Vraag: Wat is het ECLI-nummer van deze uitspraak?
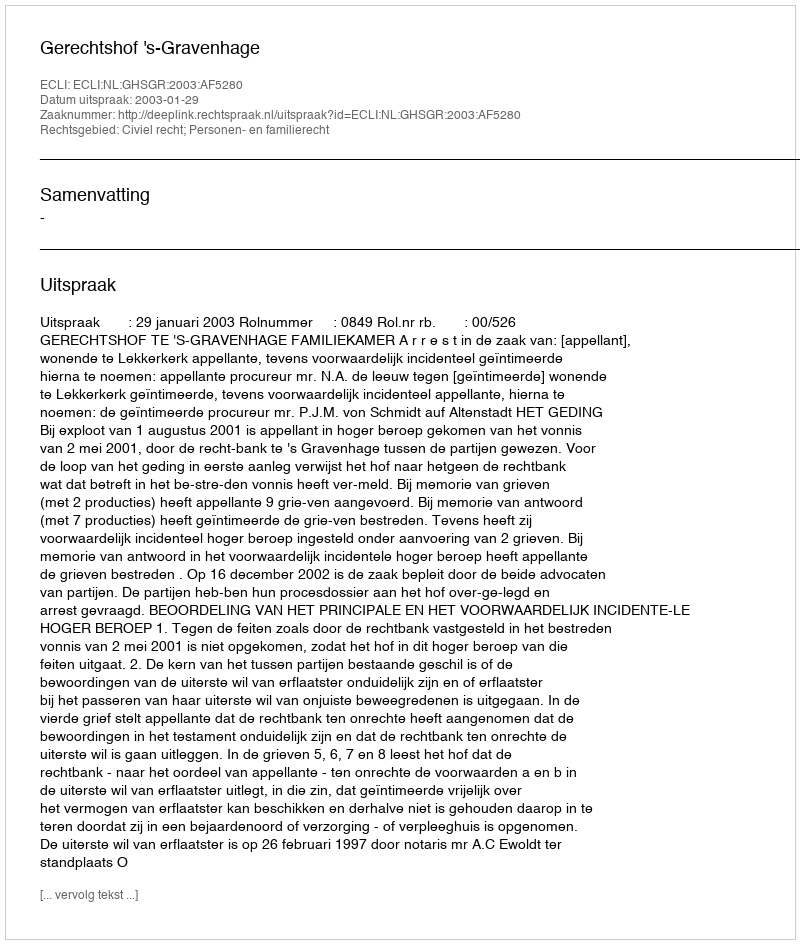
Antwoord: ECLI:NL:GHSGR:2003:AF5280